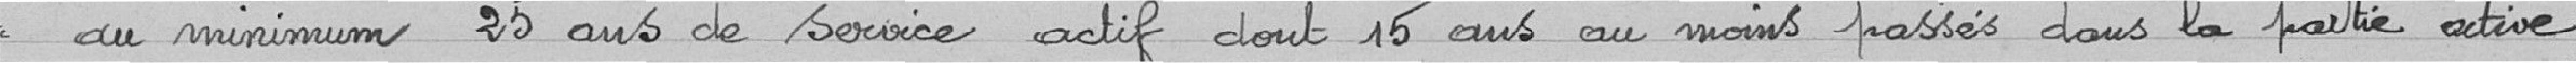
<< au minimum 25 ans de service actif dont 15 ans au moins passés dans la partie active